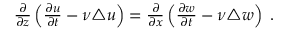
\begin{array} { r } { \frac { \partial } { \partial z } \left( \frac { \partial { u } } { \partial t } - \nu \triangle { u } \right) = \frac { \partial } { \partial x } \left( \frac { \partial { w } } { \partial t } - \nu \triangle { w } \right) \; . } \end{array}